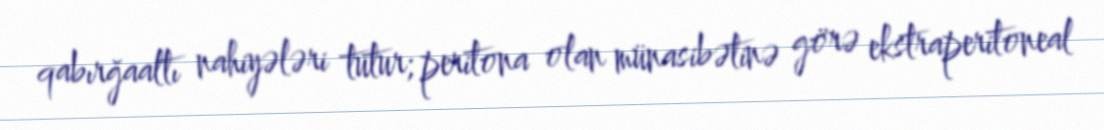
qabırğaaltı nahiyələri tutur; peritona olan münasibətinə görə ekstraperitoneal